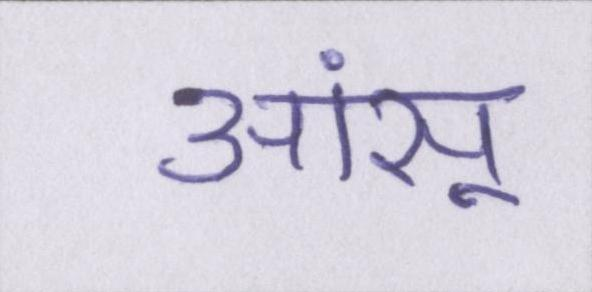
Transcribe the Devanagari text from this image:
आंसू